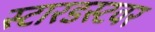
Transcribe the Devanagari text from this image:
स्टारडस्टवर